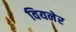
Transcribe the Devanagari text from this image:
वियनेर